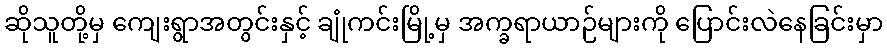
ဆိုသူတို့မှ ကျေးရွာအတွင်းနှင့် ချုံကင်းမြို့မှ အက္ခရာယာဉ်များကို ပြောင်းလဲနေခြင်းမှာ